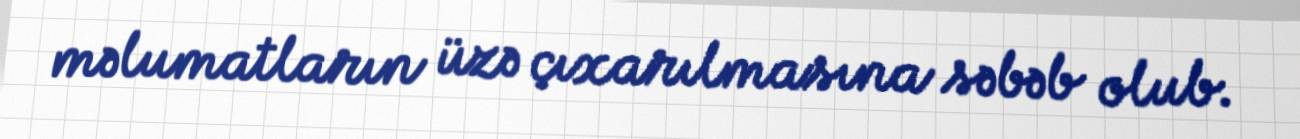
məlumatların üzə çıxarılmasına səbəb olub.